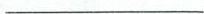
___